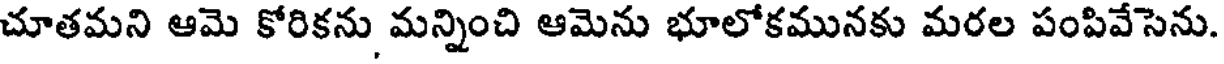
చూతమని ఆమె కోరికను మన్నించి ఆమెను భూలోకమునకు మరల పంపివేసెను.